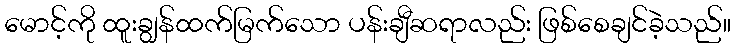
မောင့်ကို ထူးချွန်ထက်မြက်သော ပန်းချီဆရာလည်း ဖြစ်စေချင်ခဲ့သည်။